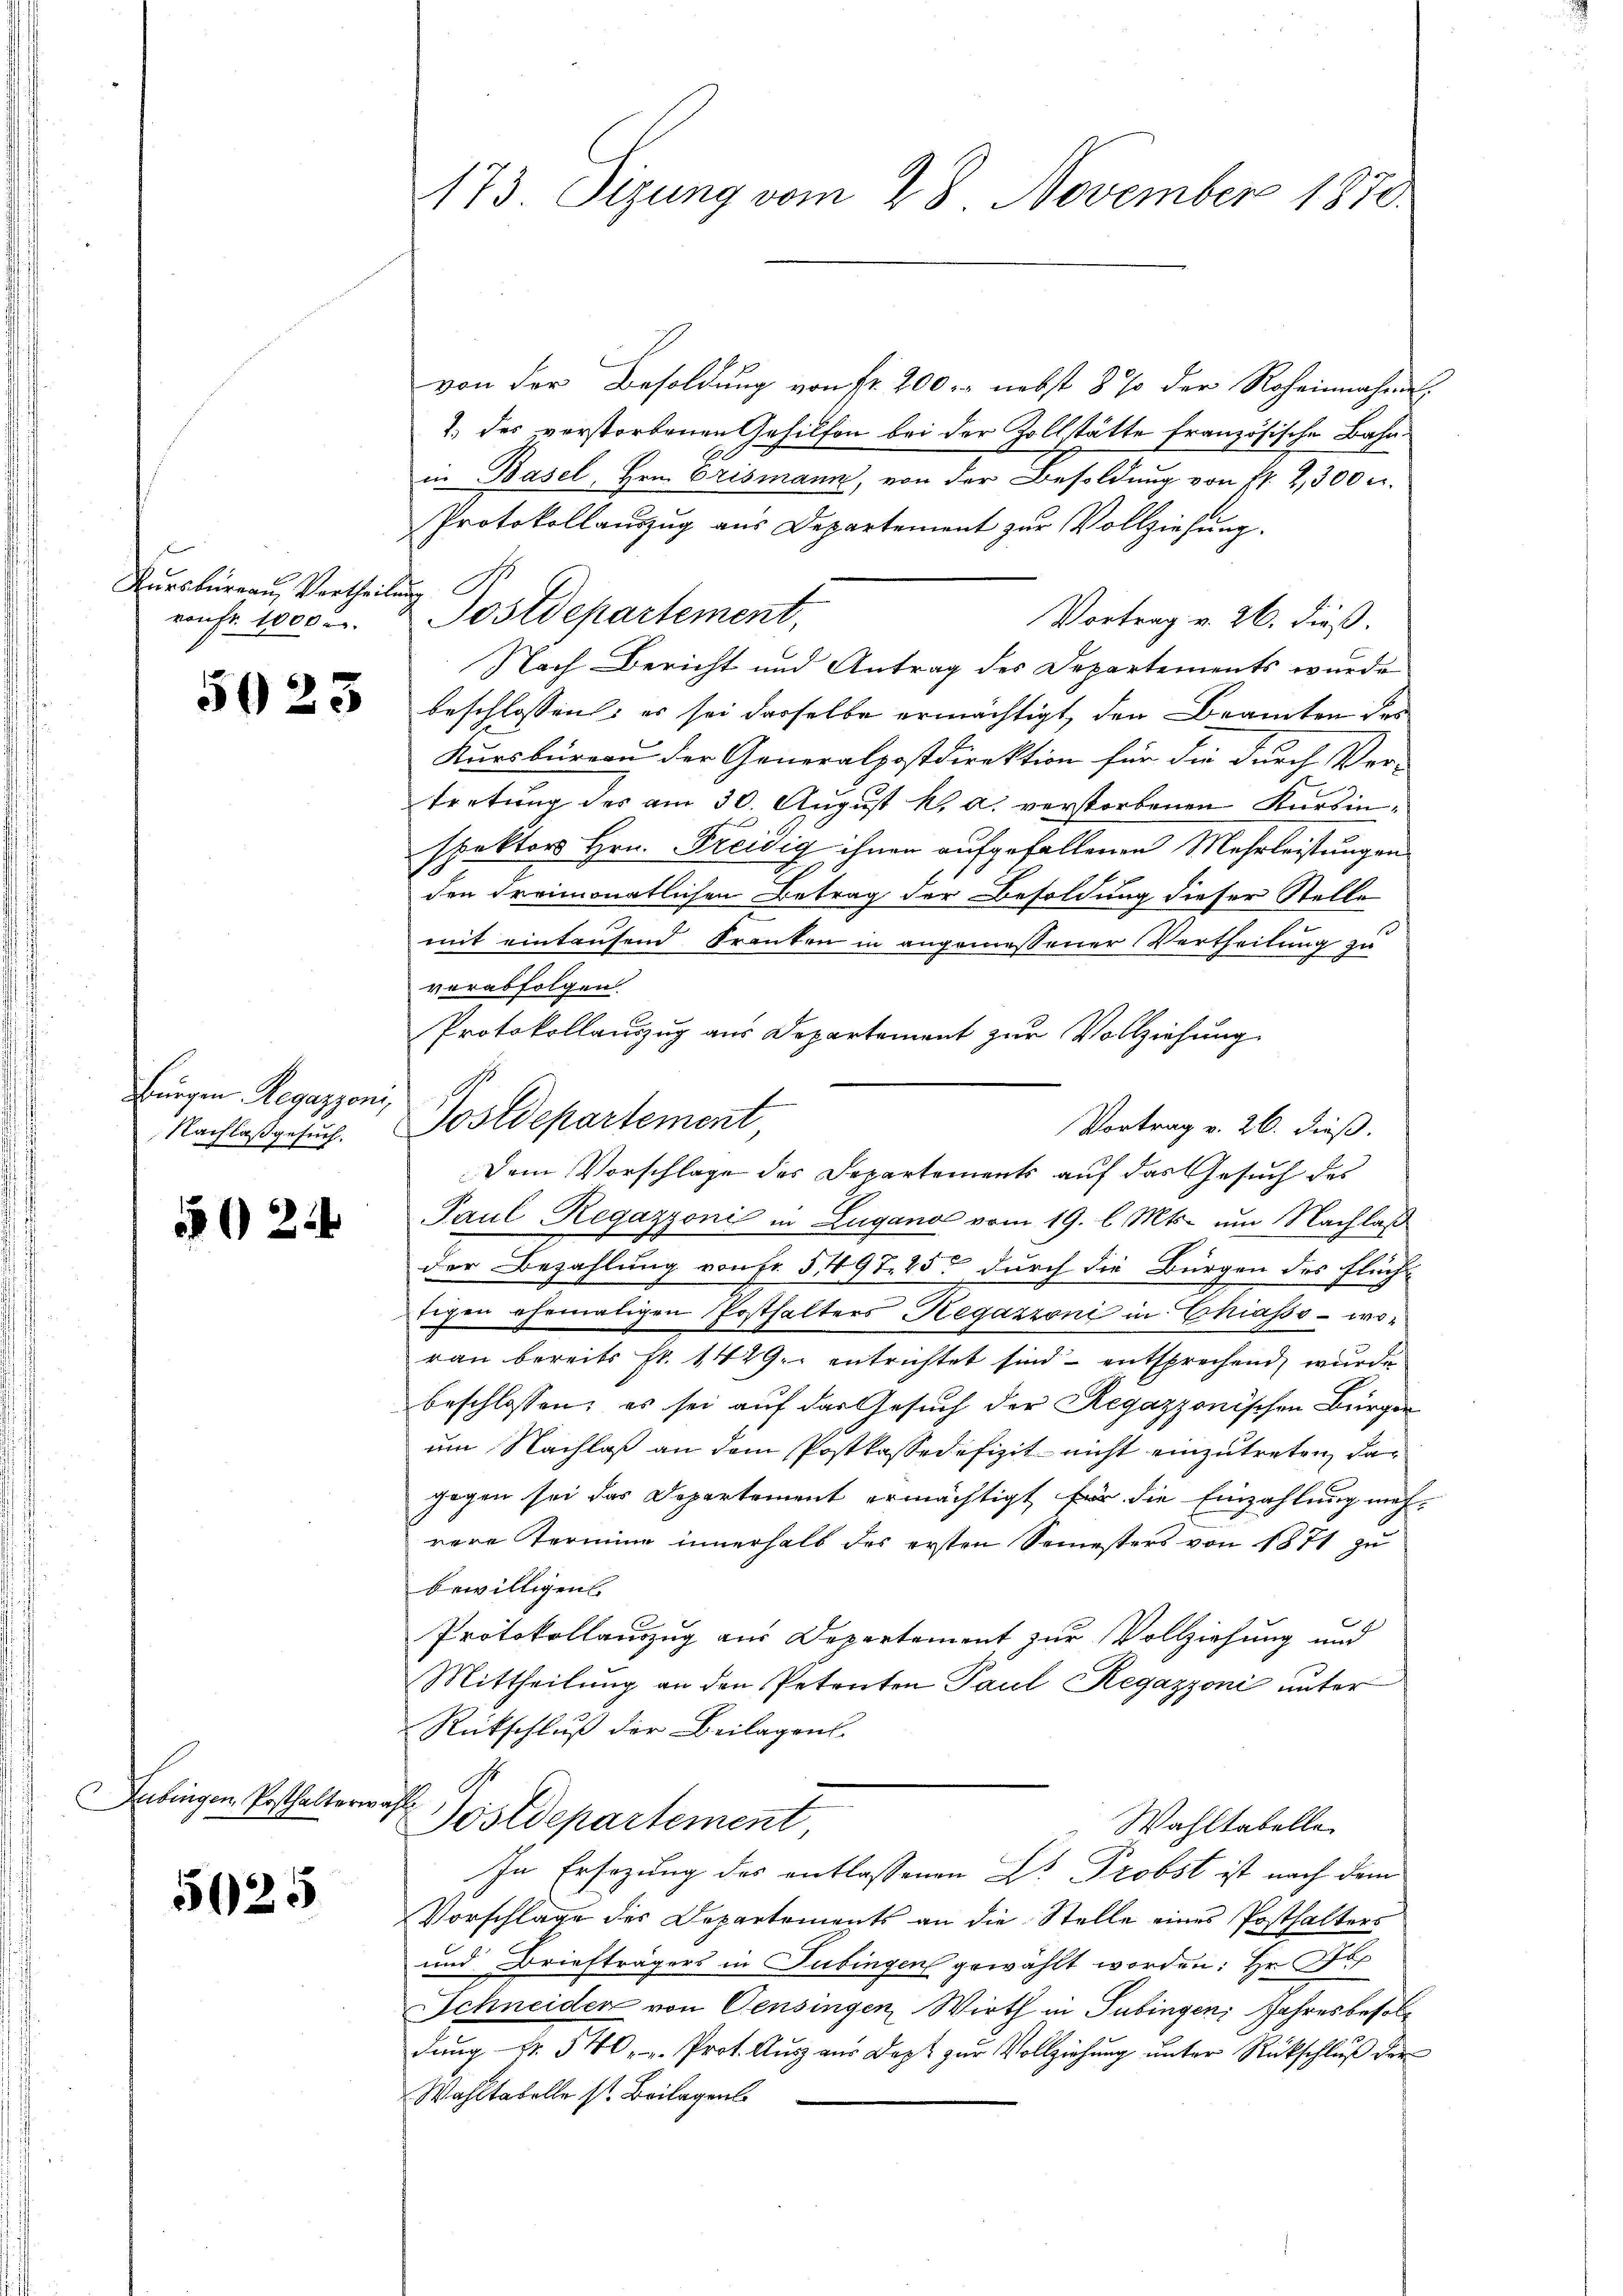
Kursbureau, Vertheilung

Bürgen Regazzoni,
Nachlaß gesuch.

524

übingen Posthalterwahl

5625

173 Sizung vom 28. November 1870.

von der Besoldung von fr. 200 r. nebst 8 % der Roheinnahme
1. des verstorbenen Gehilfen bei der Zollstätte französische Bahn
in Basel, Hrn. Brismann, von der Besoldung von Fr. 2, 300 c.
Protokollaŭszŭg aŭs Departement zŭr Vollziehŭng.
Vortrag v. 26. dieß.
Nach Bericht und Antrag des Departements wurde
22 beschlossen: es sei derselbe ermächtigt, den Beamten der
Kursbureau der Generalpostdirektion für die durch Ver-
tretung des am 30. August k. a. verstorbenen Kursinspektors Hrn. Freidig ihnen aufgefallenen Mehrleistungen
den Freimonatlichen Betrag der Besoldung dieser Stelle
mit eintausend Franken in angemessener Vertheilung zu
verabfolgen
Protokollanzug aus Departement zur Vollziehung
Vortrag v. 26. dieß.
Dem Vorschlage des Departements auf das Gesuch des
Paul Regazzoni in Lugano vom 19. l. Mts. um Nachlaß
der Bezahlung von Fr. 5497. 25 durch die Bürgen des Fluch-
tigen ehemaligen Posthalters Regazzoni in Chiasse - worau bereits Fr. 1429. entrichtet sind – entsprechend, wurde
beschlossen; es sei auf das Gesuch der Regazzonischen Bürger
um Nachlaß an dem Postkassadefizit nicht einzutreten, das
gegen sei das Departement ermächtigt für die Einzahlung meh-
rere Termine innerhalb des ersten Semesters von 1871 zu
bewilligen.
Protokollauszug aus Departement zur Vollziehung und
Mittheilung an den Petenten Paul Regazzoni unter
Rückschluß der Beilagens-
Postdepartement,
Wahltabelle
In Ersezung des entlassenen Dr. Probst ist nach dem
Vorschlage des Departements an die Stelle eines Posthalters
und Briefträgers in Tübingen gewählt worden: Hr. Fa
Schneiden von Censingen Wirth in Tübingen Jahresbesoldung Nr. 540 " Prot. Ausz aus Dapt zur Vollziehung unter Rückschluß der
Wahltabelle st. Beilagen

enfr. 1000. Postdepartement,

Postdepartement